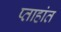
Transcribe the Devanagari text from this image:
प्ताहांत